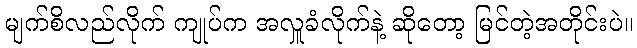
မျက်စိလည်လိုက် ကျုပ်က အလှူခံလိုက်နဲ့ ဆိုတော့ မြင်တဲ့အတိုင်းပဲ။